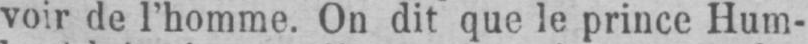
voir de l’homme. On dit que le prince Hum-